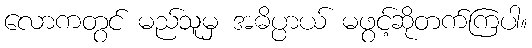
လောကတွင် မည်သူမှ အဓိပ္ပာယ် မဖွင့်ဆိုတက်ကြပါ။